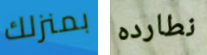
بمنزلك نطارده